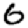
Digit: 6